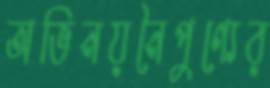
অভিনয়নৈপুণ্যের